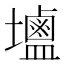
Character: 𮭭